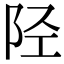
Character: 陉